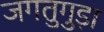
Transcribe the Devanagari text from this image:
जगतुगुड़ा